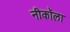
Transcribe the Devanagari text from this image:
नीकॉला